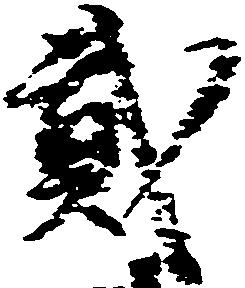
弐